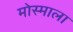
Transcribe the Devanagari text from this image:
मोस्माला